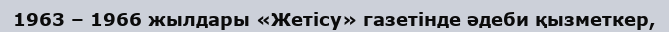
1963 – 1966 жылдары «Жетісу» газетінде әдеби қызметкер,